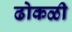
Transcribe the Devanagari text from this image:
ढोकळी